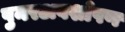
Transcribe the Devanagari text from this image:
पुनरअवशोषण